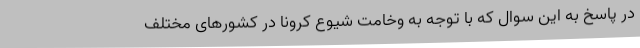
در پاسخ به این سوال که با توجه به وخامت شیوع کرونا در کشورهای مختلف